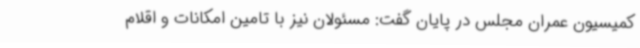
کمیسیون عمران مجلس در پایان گفت: مسئولان نیز با تامین امکانات و اقلام